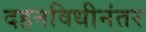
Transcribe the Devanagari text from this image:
दहनविधीनंतर